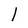
Character: l